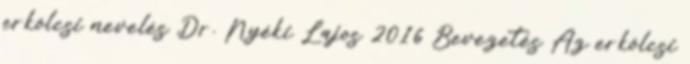
erkölcsi nevelés Dr. Nyéki Lajos 2016 Bevezetés Az erkölcsi